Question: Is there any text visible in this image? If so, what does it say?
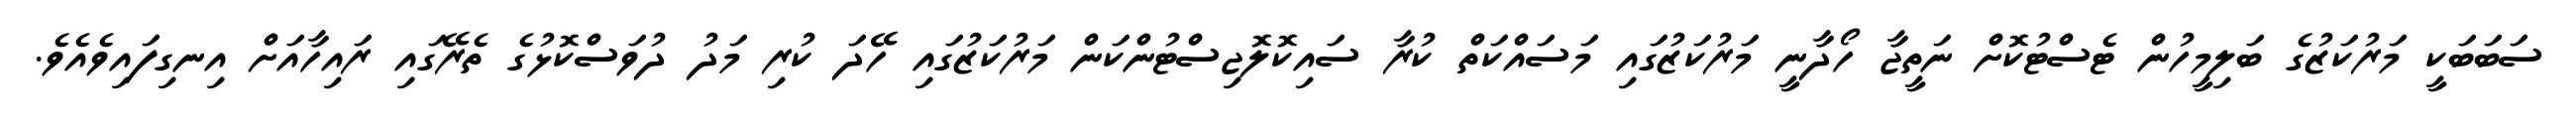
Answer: ސަބަބަކީ މަރުކަޒުގެ ބަލިމީހުން ޓެސްޓުކޮށް ނަތީޖާ ހޯދާނީ މަރުކަޒުގައި މަސައްކަތް ކުރާ ސައިކޮލޮޖިސްޓުންކަން މަރުކަޒުގައި ހޭދަ ކުރި މަދު ދުވަސްކޮޅުގެ ތެރޭގައި ރައިހާއަށް އިނގިފައިވެއެވެ.